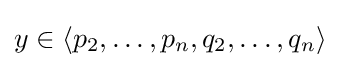
{\textstyle y\in \langle p_{2},\dots ,p_{n},q_{2},\dots ,q_{n}\rangle }